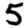
Digit: 5